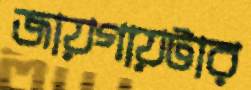
জায়গায়টার